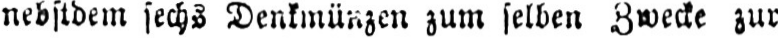
nebstdem sechs Denkmünzen zum selben Zwecke zur